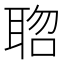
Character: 𮋱